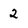
Character: 2